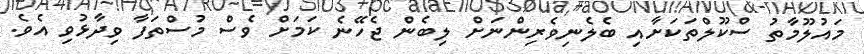
މައުލޫމާތު ސްކޫލްތަކަށާއި ބެލެނިވެރިންނަށް ލިބެން ޖެހޭނެ ކަމަށް ވެސް މުސްތަފާ ވިދާޅުވި އެވެ.